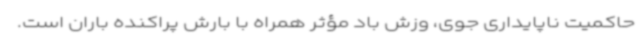
حاکمیت ناپایداری جوی، وزش باد مؤثر همراه با بارش پراکنده باران است.